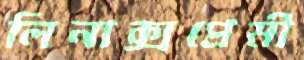
লিনাক্সপ্রেমী